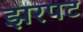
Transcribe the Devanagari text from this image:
झरपट